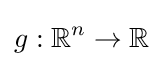
g:\mathbb {R} ^{n}\to \mathbb {R}